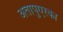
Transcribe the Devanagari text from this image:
अतापुएरका